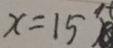
x = 1 5